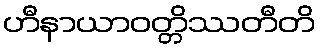
ဟီနာယာဝတ္တိဿတီတိ